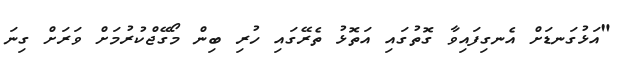
"އަޅުގަނޑަށް އެނގިފައިވާ ގޮތުގައި އަތޮޅު ތެރޭގައި ހުރި ބިން މޯގޭޖްކުރުމަށް ވަރަށް ގިނަ